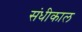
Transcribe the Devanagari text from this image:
संधीकाल